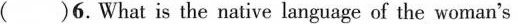
( )6. What is the native language of the woman's